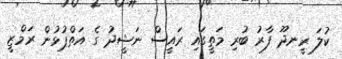
ކުލަ ރީނދޫ ފާރު ބުރި މަތީގައި ރައީސް ނަޝީދު ގެ އަތްޕުޅުން ރަމްޒީ